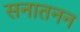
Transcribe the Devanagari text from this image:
सनातनन